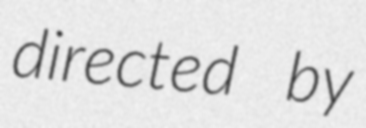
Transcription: directed by